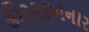
ઢોરરાખનાર